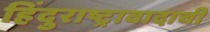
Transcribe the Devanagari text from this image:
हिंदुराष्ट्रावादाची